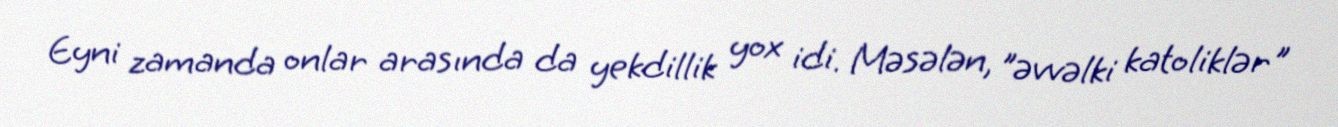
Eyni zamanda onlar arasında da yekdillik yox idi. Məsələn, "əvvəlki katoliklər"